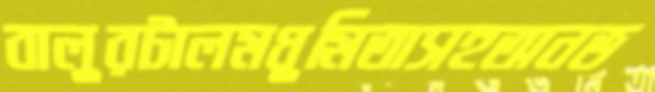
বালুরটালমধুমিতাসহঅনভ